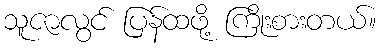
သူဇာလွင် ပြန်ထဖို့ ကြိုးစားတယ်။